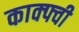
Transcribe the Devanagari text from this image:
काक्फ्वी